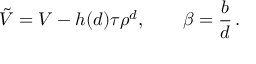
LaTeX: { \tilde { V } } = V - h ( d ) \tau \rho ^ { d } , \qquad \beta = \frac { b } { d } \, .